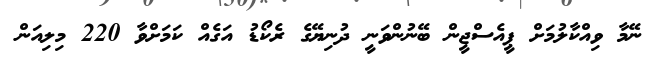
ނޭމާ ވިއްކާލުމަށް ޕީއެސްޖީން ބޭނުންވަނީ ދުނިޔޭގެ ރެކޯޑު އަގެއް ކަމަށްވާ 220 މިލިއަން